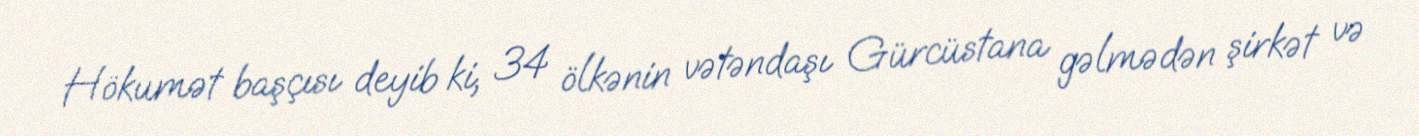
Hökumət başçısı deyib ki, 34 ölkənin vətəndaşı Gürcüstana gəlmədən şirkət və